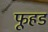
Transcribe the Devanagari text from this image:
फूहड